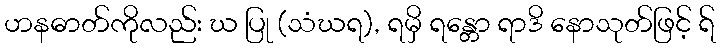
ဟနဓာတ်ကိုလည်း ဃ ပြု (သံဃရ), ရမှိ ရန္တော ရာဒိ နောသုတ်ဖြင့် ရ်